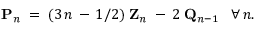
{ \bf P } _ { n } \; = \; ( 3 \, n \, - \, 1 / 2 ) \; { \bf Z } _ { n } \; - \: 2 \; { \bf Q } _ { n - 1 } \; \; \; \forall \, n .